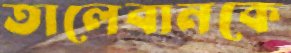
তালেবানকে